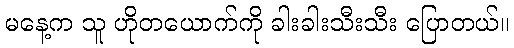
မနေ့က သူ ဟိုတယောက်ကို ခါးခါးသီးသီး ပြောတယ်။